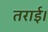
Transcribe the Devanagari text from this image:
तराई।